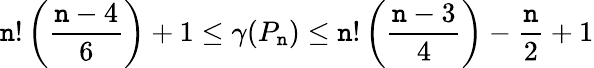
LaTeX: \mathtt{n}!\left({\frac{{\mathtt{n}-4}}{{6}}}\right)+1\leq\gamma(P_{\mathtt{n}})\leq\mathtt{n}!\left({\frac{{\mathtt{n}-3}}{{4}}}\right)-{\frac{{\mathtt{n}}}{{2}}}+1